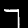
Label: 7